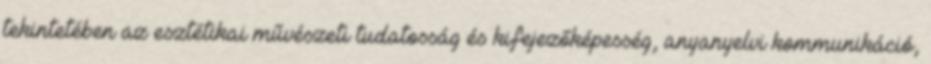
tekintetében az esztétikai művészeti tudatosság és kifejezőképesség, anyanyelvi kommunikáció,